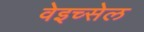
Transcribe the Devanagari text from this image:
वेइच्सेल